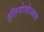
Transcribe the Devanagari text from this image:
इलियोसोआस